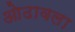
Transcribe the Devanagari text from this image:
ओढावला